Report on the Nagpur School of Medicine, Central Provinces
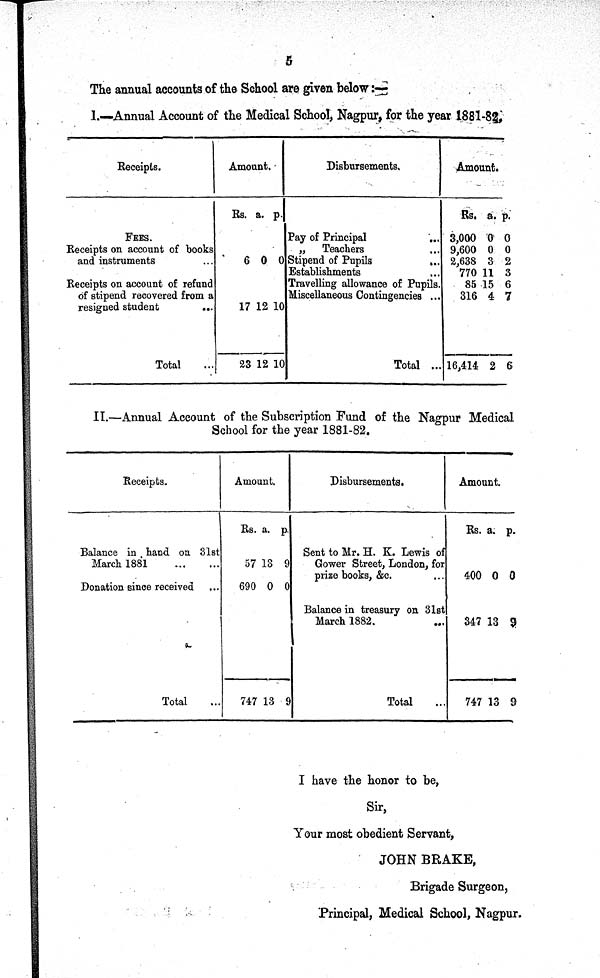
5
The annual accounts of the School are given below :—
I.—Annual Account of the Medical School, Nagpur, for the year 1881-82.
Receipts.
Amount.
Disbursements.
Amount.
Rs. a. p.
R s .
a. p.
FEES.
Pay of Principal
. . . 3,000
0 0
Receipts on account of books
„
Teachers
... 9,600 0 0
and instruments
...
6 0 0 Stipend of Pupils
... 2,638 3 2
Establishments
...
770 11 3
Receipts on account of refund
Travelling allowance of Pupils.
85 15 6
of stipend recovered from a
Miscellaneous Contingencies ...
316 4 7
resigned student
. . .
17 12 10
Total
...
23 12 10
Total ... 16,414 2 6
II.—Annual Account of the Subscription Fund of the Nagpur Medical
School for the year 1881-82.
Receipts.
Amount.
Disbursements.
Amount.
Rs. a. p.
Rs. a. p.
Balance in hand on 31st
Sent to Mr. H. K. Lewis of
March 1881
...
. ...
57 13 9
Gower Street, London, for
prize books, &c.
...
400 0 0
Donation since received
...
690 0 0
Balance in treasury on 31st
•
March 1882.
...
347 13
9
Total
...
747 13 9
Total
...
747 13 9
I have the honor to be,
Sir,
Your most obedient Servant,
JOHN BRAKE,
Brigade Surgeon,
Principal, Medical School, Nagpur.